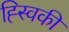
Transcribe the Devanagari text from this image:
ह्स्विकी